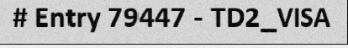
# Entry 79447 - TD2_VISA